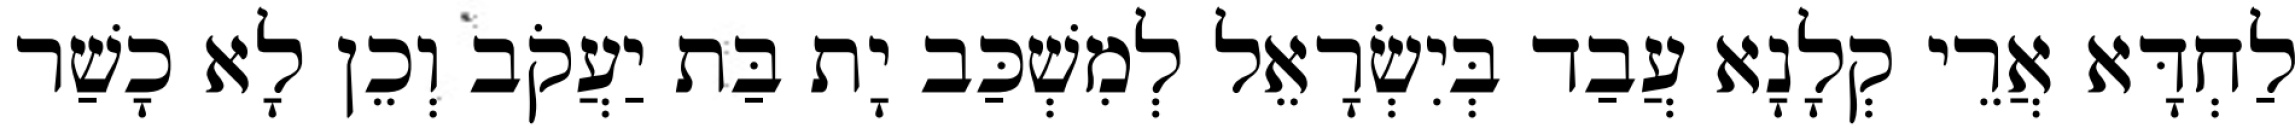
לַחְדָּא אֲרֵי קְלָנָא עֲבַד בְּיִשְׂרָאֵל לְמִשְׁכַּב יָת בַּת יַעֲקֹב וְכֵן לָא כָשַׁר